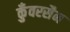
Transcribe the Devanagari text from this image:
कुँवरसैन